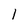
Character: 1